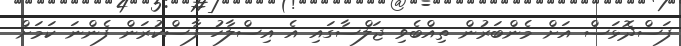
ފަސްދޮޅަސް އަށް މެންބަރުން ތިއްބެވި ޖަލްސާގައި އެ އިސްލާހު ފާސްކުރަން ފެންނަ ކަމަށް